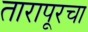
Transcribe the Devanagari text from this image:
तारापूरचा